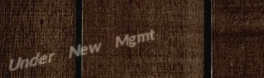
Under New Mgmt